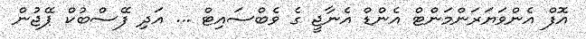
އޮފް އެންވަޔަރަންމަންޓް އެންޑް އެނާޖީ ގެ ވެބްސައިޓް ... އަދި ފޭސްބުކް ޕޭޖުން